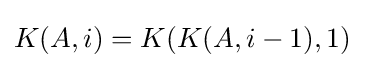
K(A,i)=K(K(A,i-1),1)